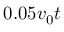
0 . 0 5 v _ { 0 } t